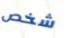
شخص